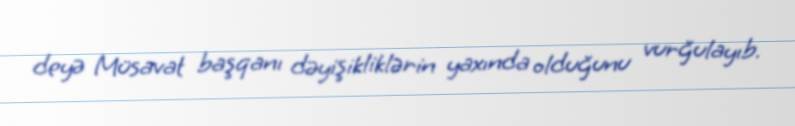
deyə Müsavat başqanı dəyişikliklərin yaxında olduğunu vurğulayıb.